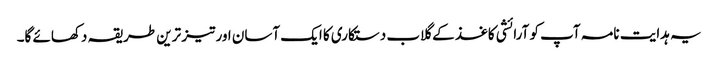
یہ ہدایت نامہ آپ کو آرائشی کاغذ کے گلاب دستکاری کا ایک آسان اور تیز ترین طریقہ دکھائے گا۔